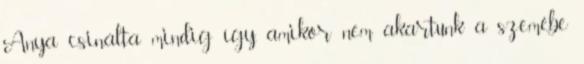
Anya csinálta mindig így, amikor nem akartunk a szemébe